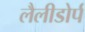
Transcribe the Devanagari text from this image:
लैलीडोर्प